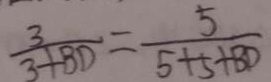
\frac { 3 } { 3 + B D } = \frac { 5 } { 5 + 5 + B D }